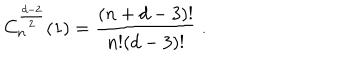
C _ { n } ^ { \frac { d - 2 } 2 } ( 1 ) = \frac { ( n + d - 3 ) ! } { n ! ( d - 3 ) ! } \ .